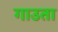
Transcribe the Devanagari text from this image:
गाउता